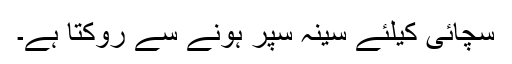
سچائی کیلئے سینہ سپر ہونے سے روکتا ہے۔